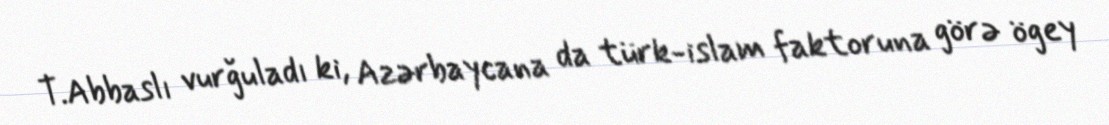
T.Abbaslı vurğuladı ki, Azərbaycana da türk-islam faktoruna görə ögey